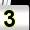
Digit: 3